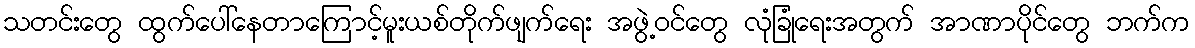
သတင်းတွေ ထွက်ပေါ်နေတာကြောင့်မူးယစ်တိုက်ဖျက်ရေး အဖွဲ့ဝင်တွေ လုံခြုံရေးအတွက် အာဏာပိုင်တွေ ဘက်က